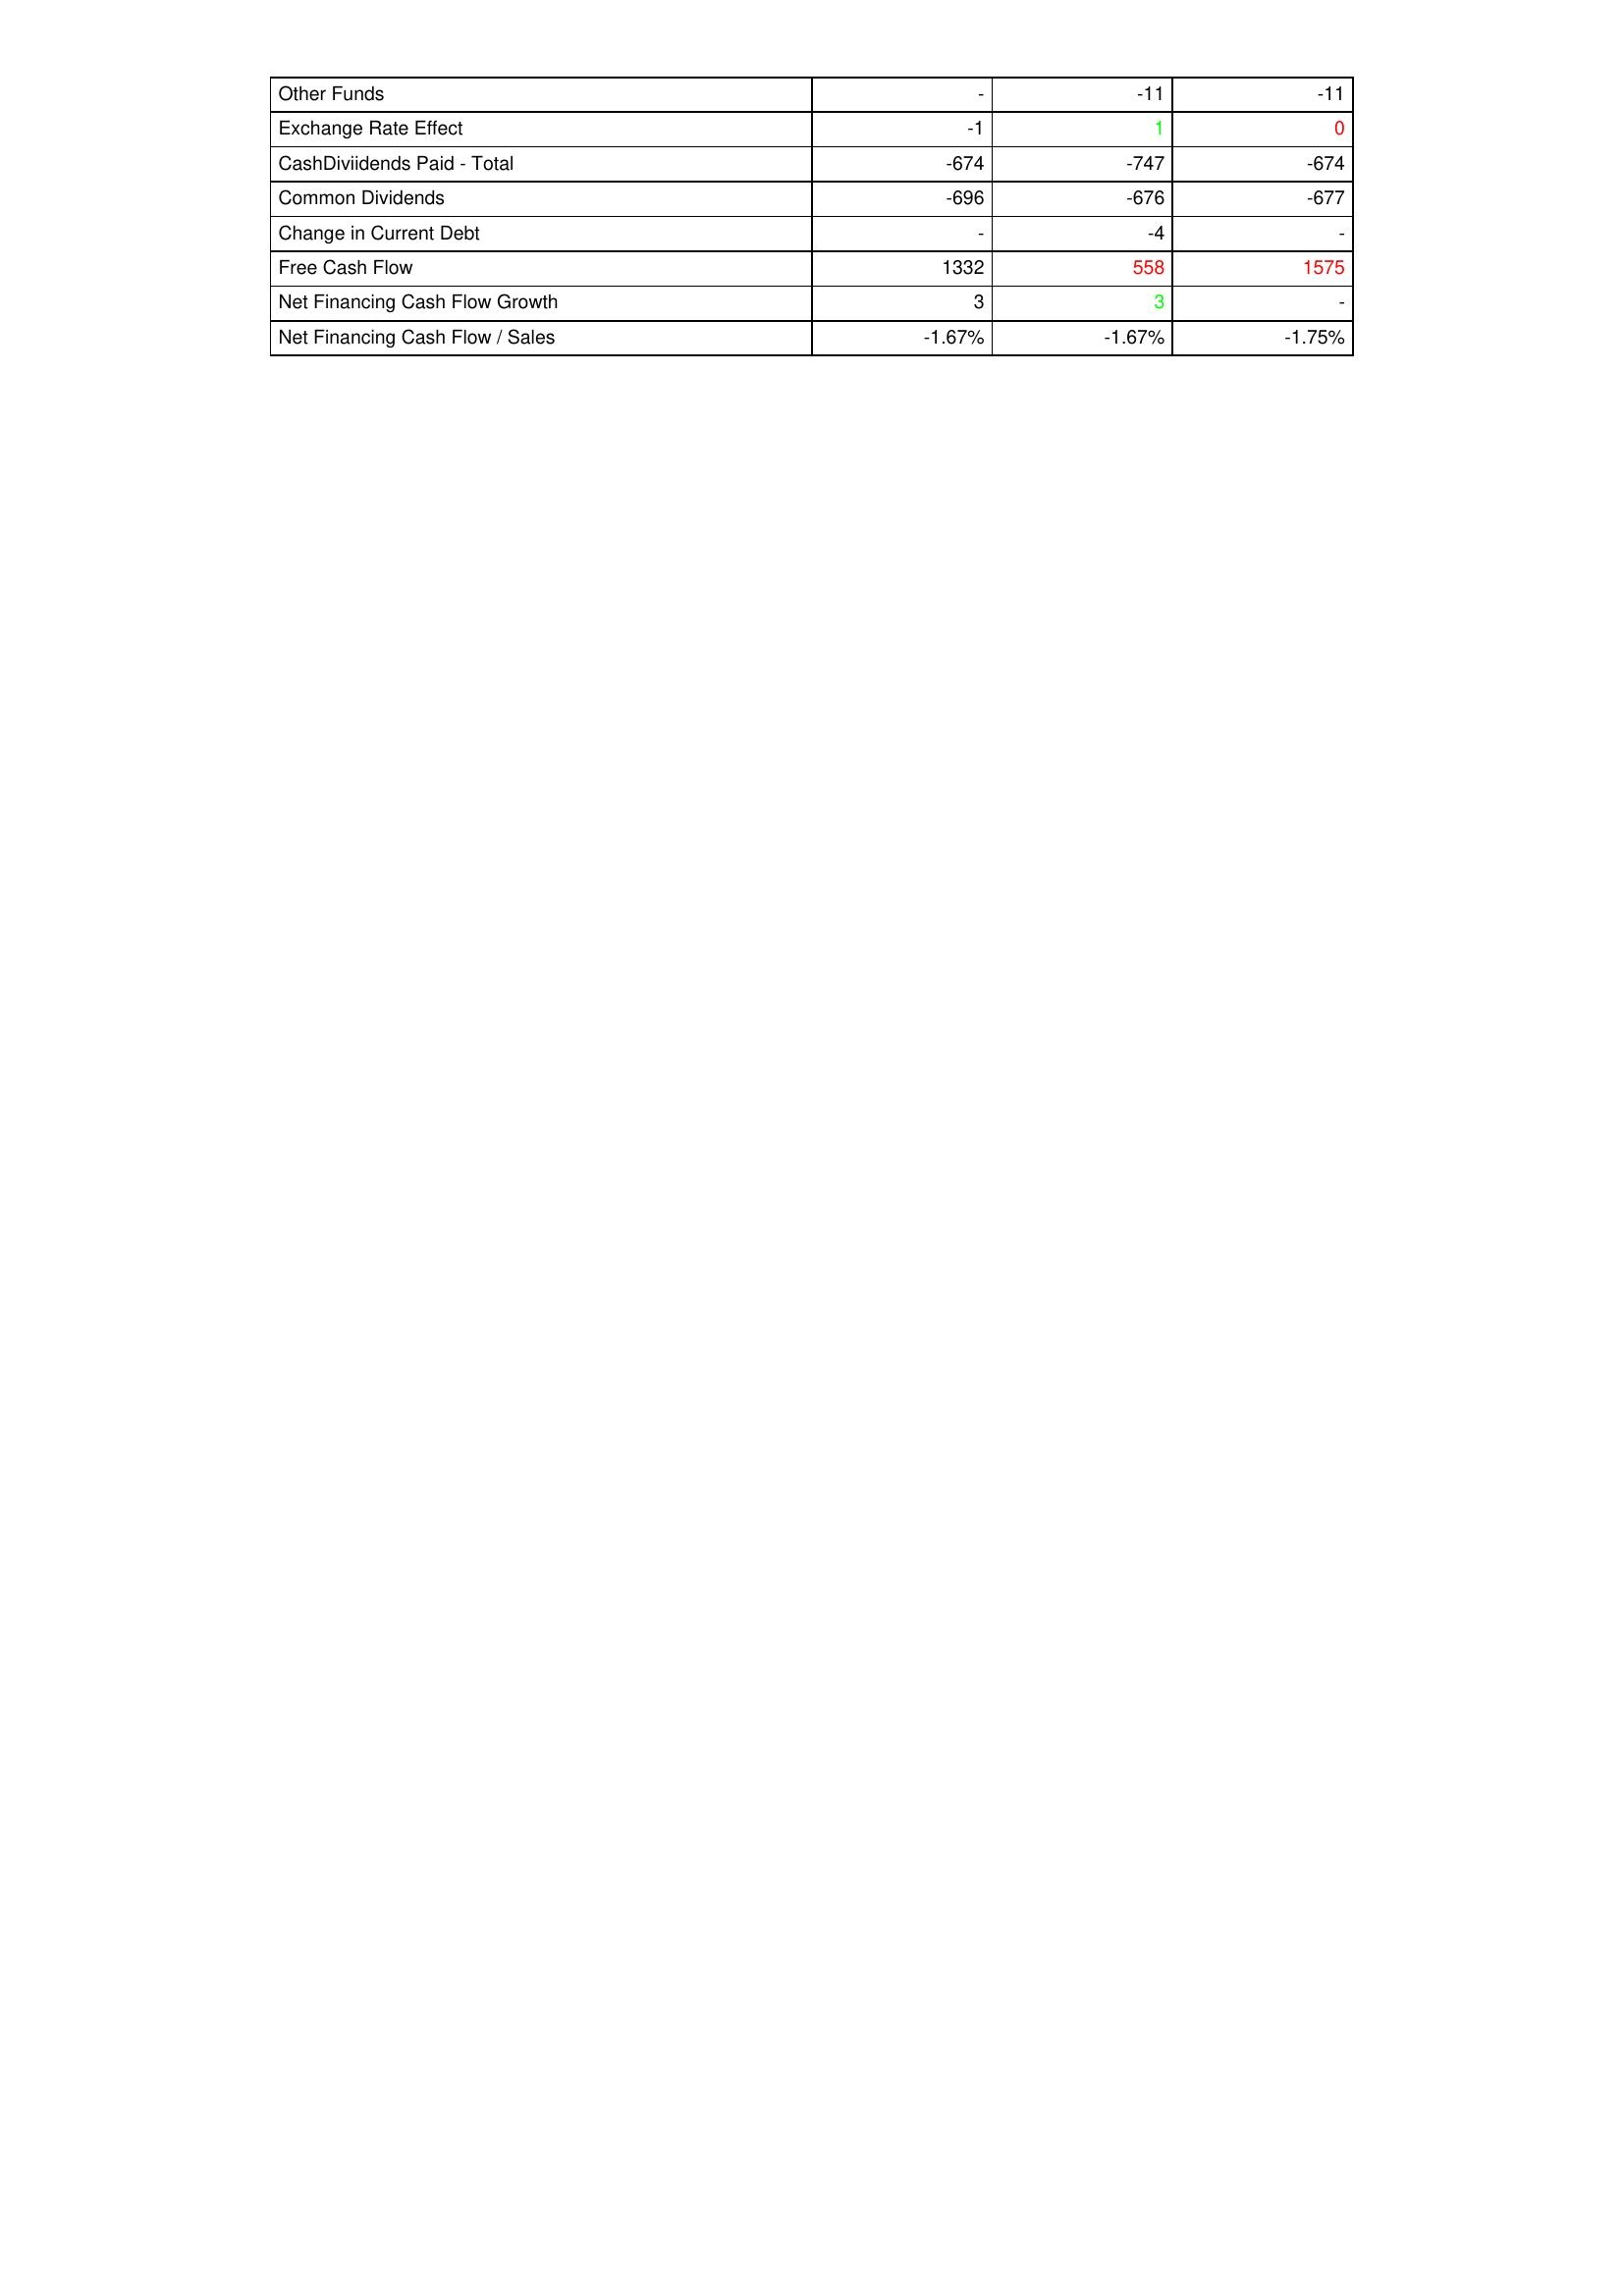
gt_parse: 2010: Financing Activities: Other Funds: -
Exchange Rate Effect: -1
CashDiviidends Paid - Total: -674
Common Dividends: -696
Change in Current Debt: -
Free Cash Flow: 1332
Net Financing Cash Flow Growth: 3
Net Financing Cash Flow / Sales: -1.67%
2009: Financing Activities: Other Funds: -11
Exchange Rate Effect: 1
CashDiviidends Paid - Total: -747
Common Dividends: -676
Change in Current Debt: -4
Free Cash Flow: 558
Net Financing Cash Flow Growth: 3
Net Financing Cash Flow / Sales: -1.67%
2008: Financing Activities: Other Funds: -11
Exchange Rate Effect: 0
CashDiviidends Paid - Total: -674
Common Dividends: -677
Change in Current Debt: -
Free Cash Flow: 1575
Net Financing Cash Flow Growth: -
Net Financing Cash Flow / Sales: -1.75%